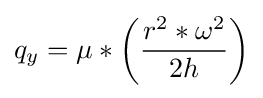
q_{y}=\mu *\left({\frac {r^{2}*\omega ^{2}}{2h}}\right)